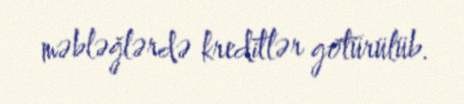
məbləğlərdə kreditlər götürülüb.